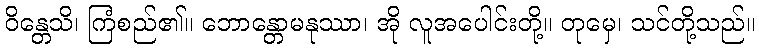
ဝိန္တေသိ၊ ကြံစည်၏။ ဘောန္တောမနုဿာ၊ အို လူအပေါင်းတို့။ တုမှေ၊ သင်တို့သည်။